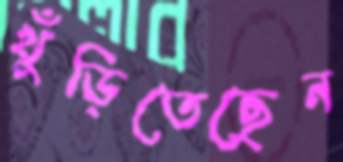
খুঁড়িতেছেন